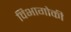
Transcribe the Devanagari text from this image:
विभागोकी